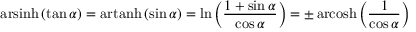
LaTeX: \operatorname { a r s i n h } \left( \tan \alpha \right) = \operatorname { a r t a n h } \left( \sin \alpha \right) = \ln \left( { \frac { 1 + \sin \alpha } { \cos \alpha } } \right) = \pm \operatorname { a r c o s h } \left( { \frac { 1 } { \cos \alpha } } \right)